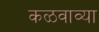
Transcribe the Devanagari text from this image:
कळवाव्या